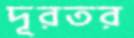
দূরতর